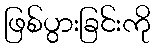
ဖြစ်ပွားခြင်းကို